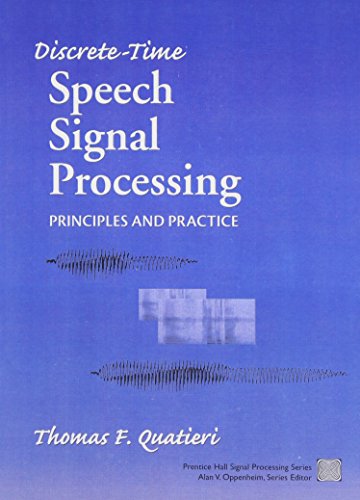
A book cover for Discrete-Time Speech Signal Processing: Principles and Practice; Thomas F. Quatieri; Computers & Technology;